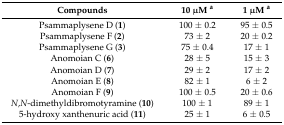
<table><thead><tr><td><b>Compounds</b></td><td><b>10 μM <sup>a</sup></b></td><td><b>1 μM <sup>a</sup></b></td></tr></thead><tbody><tr><td>Psammaplysene D (<b>1</b>)</td><td>100 ± 0.2</td><td>95 ± 0.5</td></tr><tr><td>Psammaplysene F (<b>2</b>)</td><td>73 ± 2</td><td>20 ± 0.2</td></tr><tr><td>Psammaplysene G (<b>3</b>)</td><td>75 ± 0.4</td><td>17 ± 1</td></tr><tr><td>Anomoian C (<b>6</b>)</td><td>28 ± 5</td><td>15 ± 3</td></tr><tr><td>Anomoian D (<b>7</b>)</td><td>29 ± 2</td><td>17 ± 2</td></tr><tr><td>Anomoian E (<b>8</b>)</td><td>82 ± 1</td><td>6 ± 2</td></tr><tr><td>Anomoian F (<b>9</b>)</td><td>100 ± 0.5</td><td>20 ± 0.6</td></tr><tr><td><i>N</i>,<i>N</i>-dimethyldibromotyramine (<b>10</b>)</td><td>100 ± 1</td><td>89 ± 1</td></tr><tr><td>5-hydroxy xanthenuric acid (<b>11</b>)</td><td>25 ± 1</td><td>6 ± 0.5</td></tr></tbody></table>